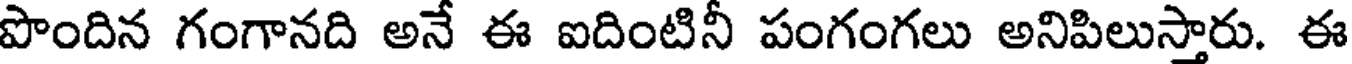
పొందిన గంగానది అనే ఈ ఐదింటినీ పంగంగలు అనిపిలుస్తారు. ఈ